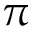
\pi